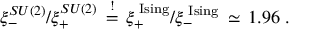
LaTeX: \xi _ { - } ^ { S U ( 2 ) } / \xi _ { + } ^ { S U ( 2 ) } \, \stackrel { ! } { = } \, \xi _ { + } ^ { \mathrm { \tiny ~ I s i n g } } / \xi _ { - } ^ { \mathrm { \tiny ~ I s i n g } } \, \simeq \, 1 . 9 6 \; .